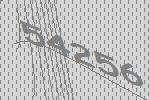
54256